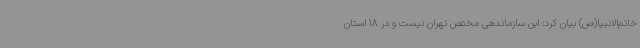
خاتم‌الانبیا(ص) بیان کرد: این سازماندهی مختص تهران نیست و در 18 استان